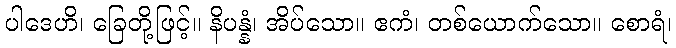
ပါဒေဟိ၊ ခြေတို့ဖြင့်။ နိပန္နံ၊ အိပ်သော။ ဧကံ၊ တစ်ယောက်သော။ စောရံ၊